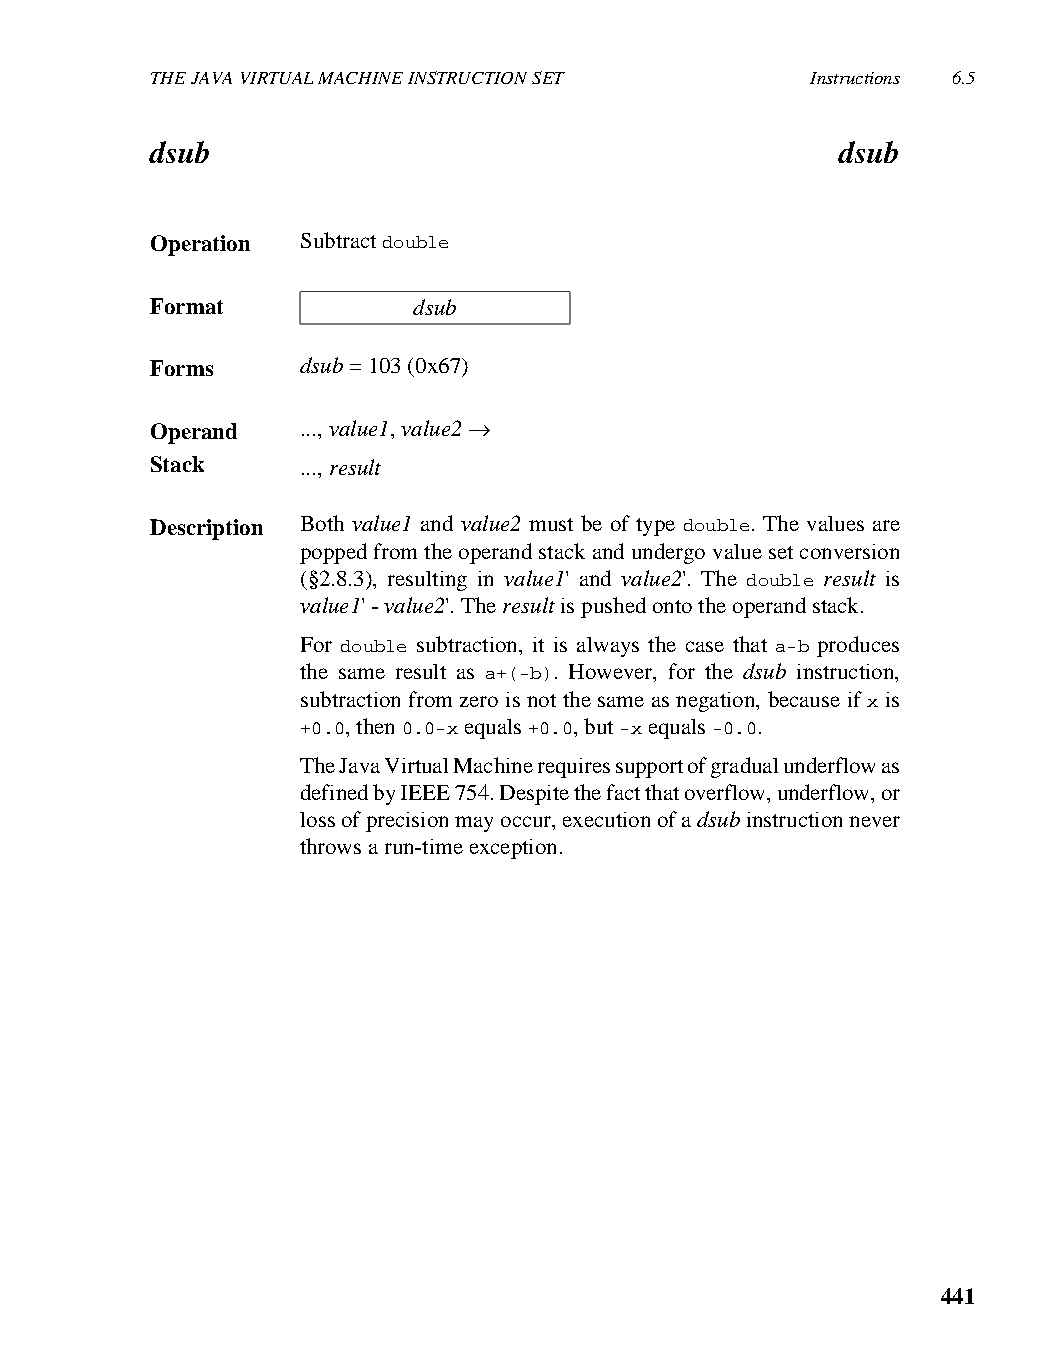
THE JAVA VIRTUAL MACHINE INSTRUCTION SET    Instructions 6.5
 dsub                                          dsub
 Operation Subtract double
 Format           dsub
 Forms     dsub = 103 (0x67)
 Operand   ..., value1, value2 →
 Stack     ..., result
 Description Both value1 and value2 must be of type double. The values are
 popped from the operand stack and undergo value set conversion
 (§2.8.3), resulting in value1' and value2'. The double result is
 value1' - value2'. The result is pushed onto the operand stack.
 For double subtraction, it is always the case that a-b produces
 the same result as a+(-b). However, for the dsub instruction,
 subtraction from zero is not the same as negation, because if x is
 +0.0, then 0.0-x equals +0.0, but -x equals -0.0.
 The Java Virtual Machine requires support of gradual underflow as
 defined by IEEE 754. Despite the fact that overflow, underflow, or
 loss of precision may occur, execution of a dsub instruction never
 throws a run-time exception.
 441